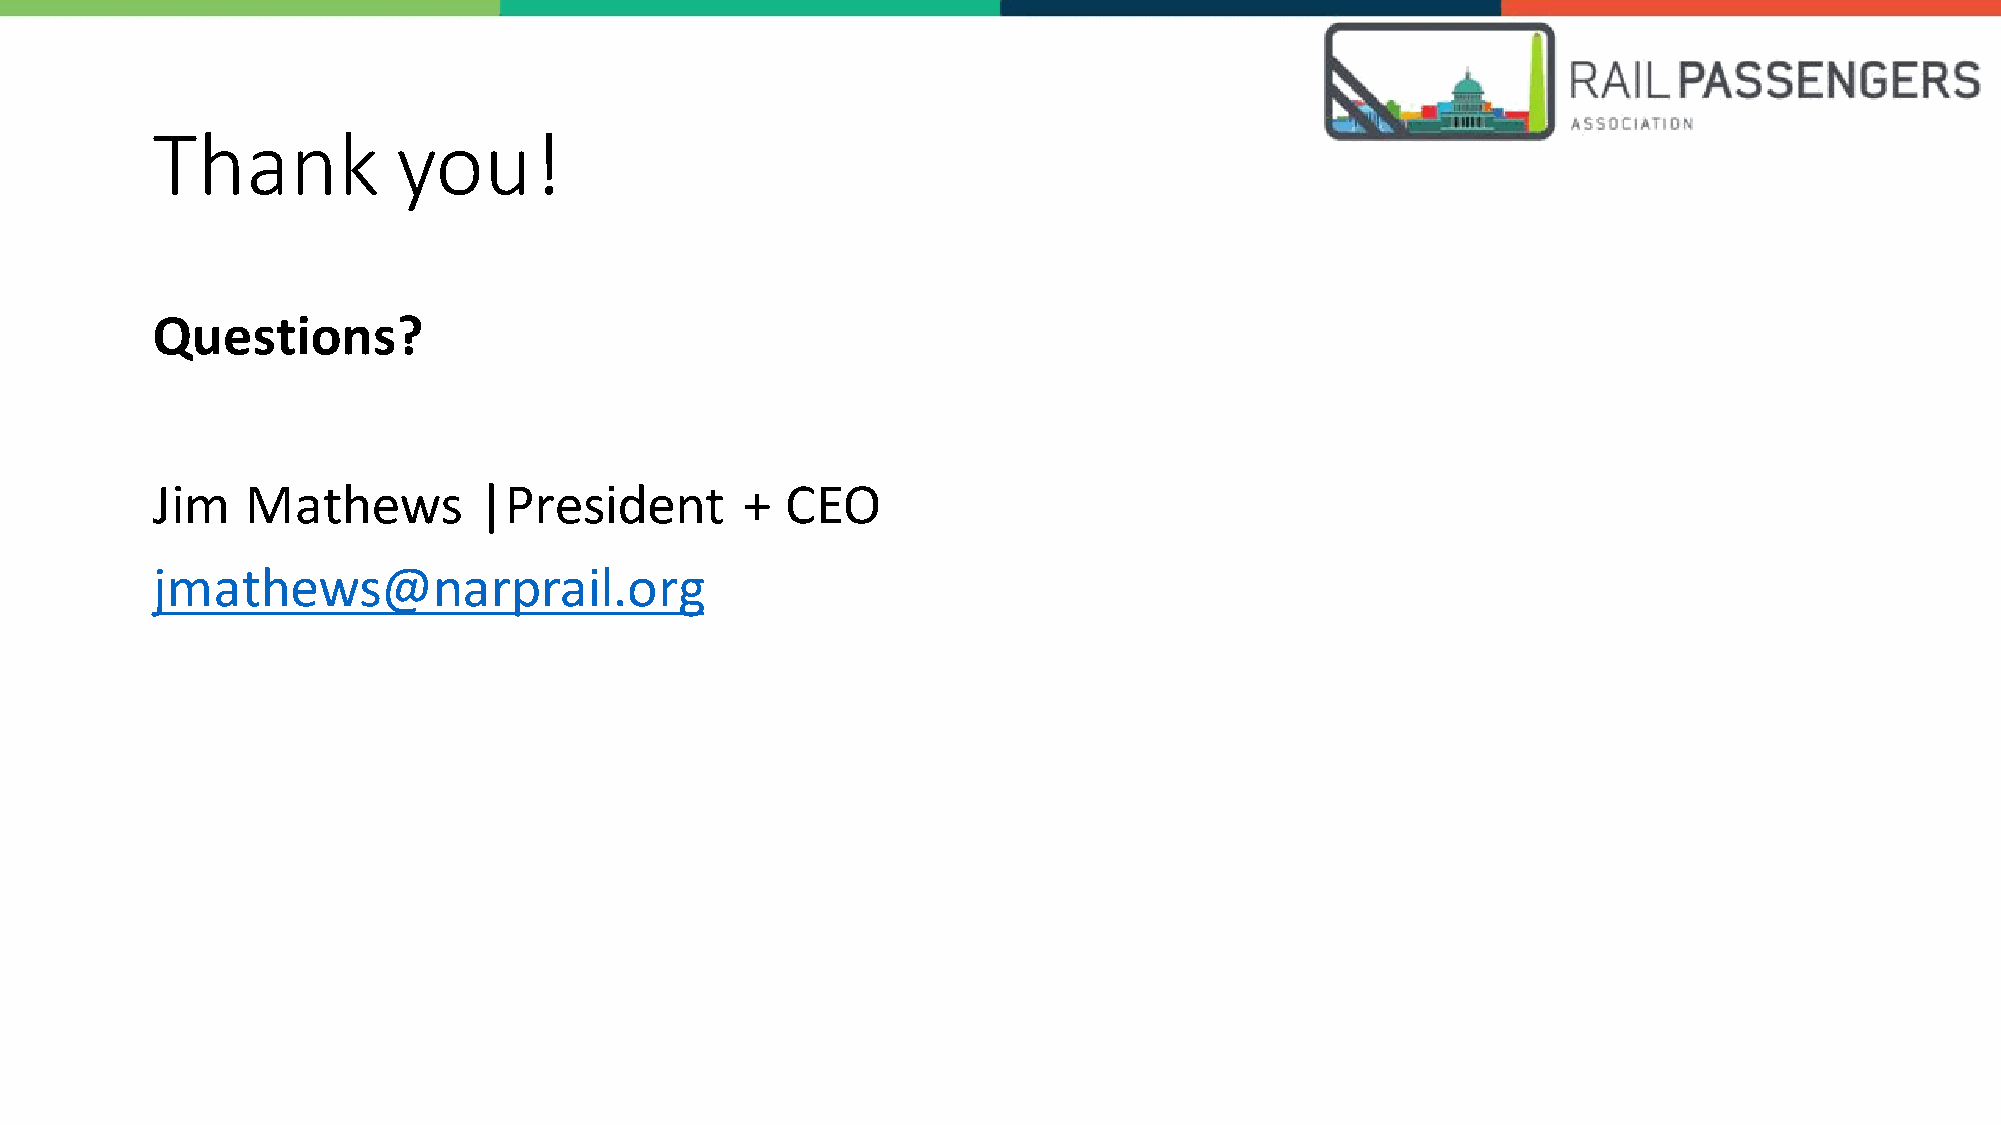
Thank           you!
 Questions?
 Jim   Mathews         |President       +  CEO
 jmathews@narprail.org